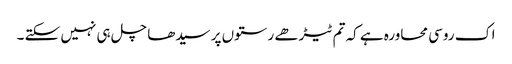
اک روسی محاورہ ہے کہ تم ٹیڑھے رستوں پر سیدھا چل ہی نہیں سکتے ۔